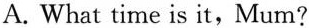
A. What time is it,Mum?